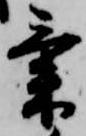
気